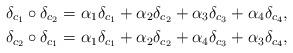
LaTeX: \begin{align*}&\delta_{c_1} \circ \delta_{c_2} = \alpha_1\delta_{c_1} + \alpha_2 \delta_{c_2} + \alpha_3\delta_{c_3} + \alpha_4\delta_{c_4},\\&\delta_{c_2} \circ \delta_{c_1} = \alpha_1\delta_{c_1} + \alpha_2 \delta_{c_2} + \alpha_4\delta_{c_3} + \alpha_3\delta_{c_4},\end{align*}